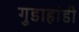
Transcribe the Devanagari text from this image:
गुडाहांडी